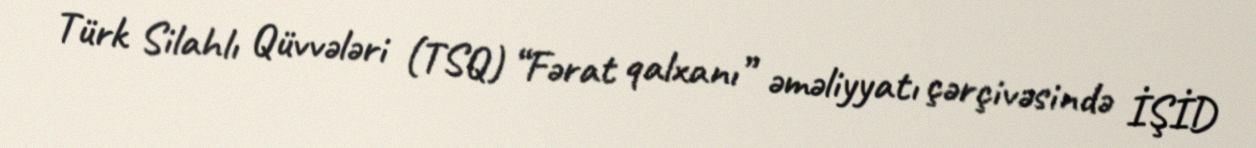
Türk Silahlı Qüvvələri (TSQ) “Fərat qalxanı” əməliyyatı çərçivəsində İŞİD